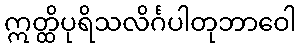
ဣတ္ထိပုရိသလိင်္ဂပါတုဘာဝေါ